Eesti_Rahvusfond, lk 16
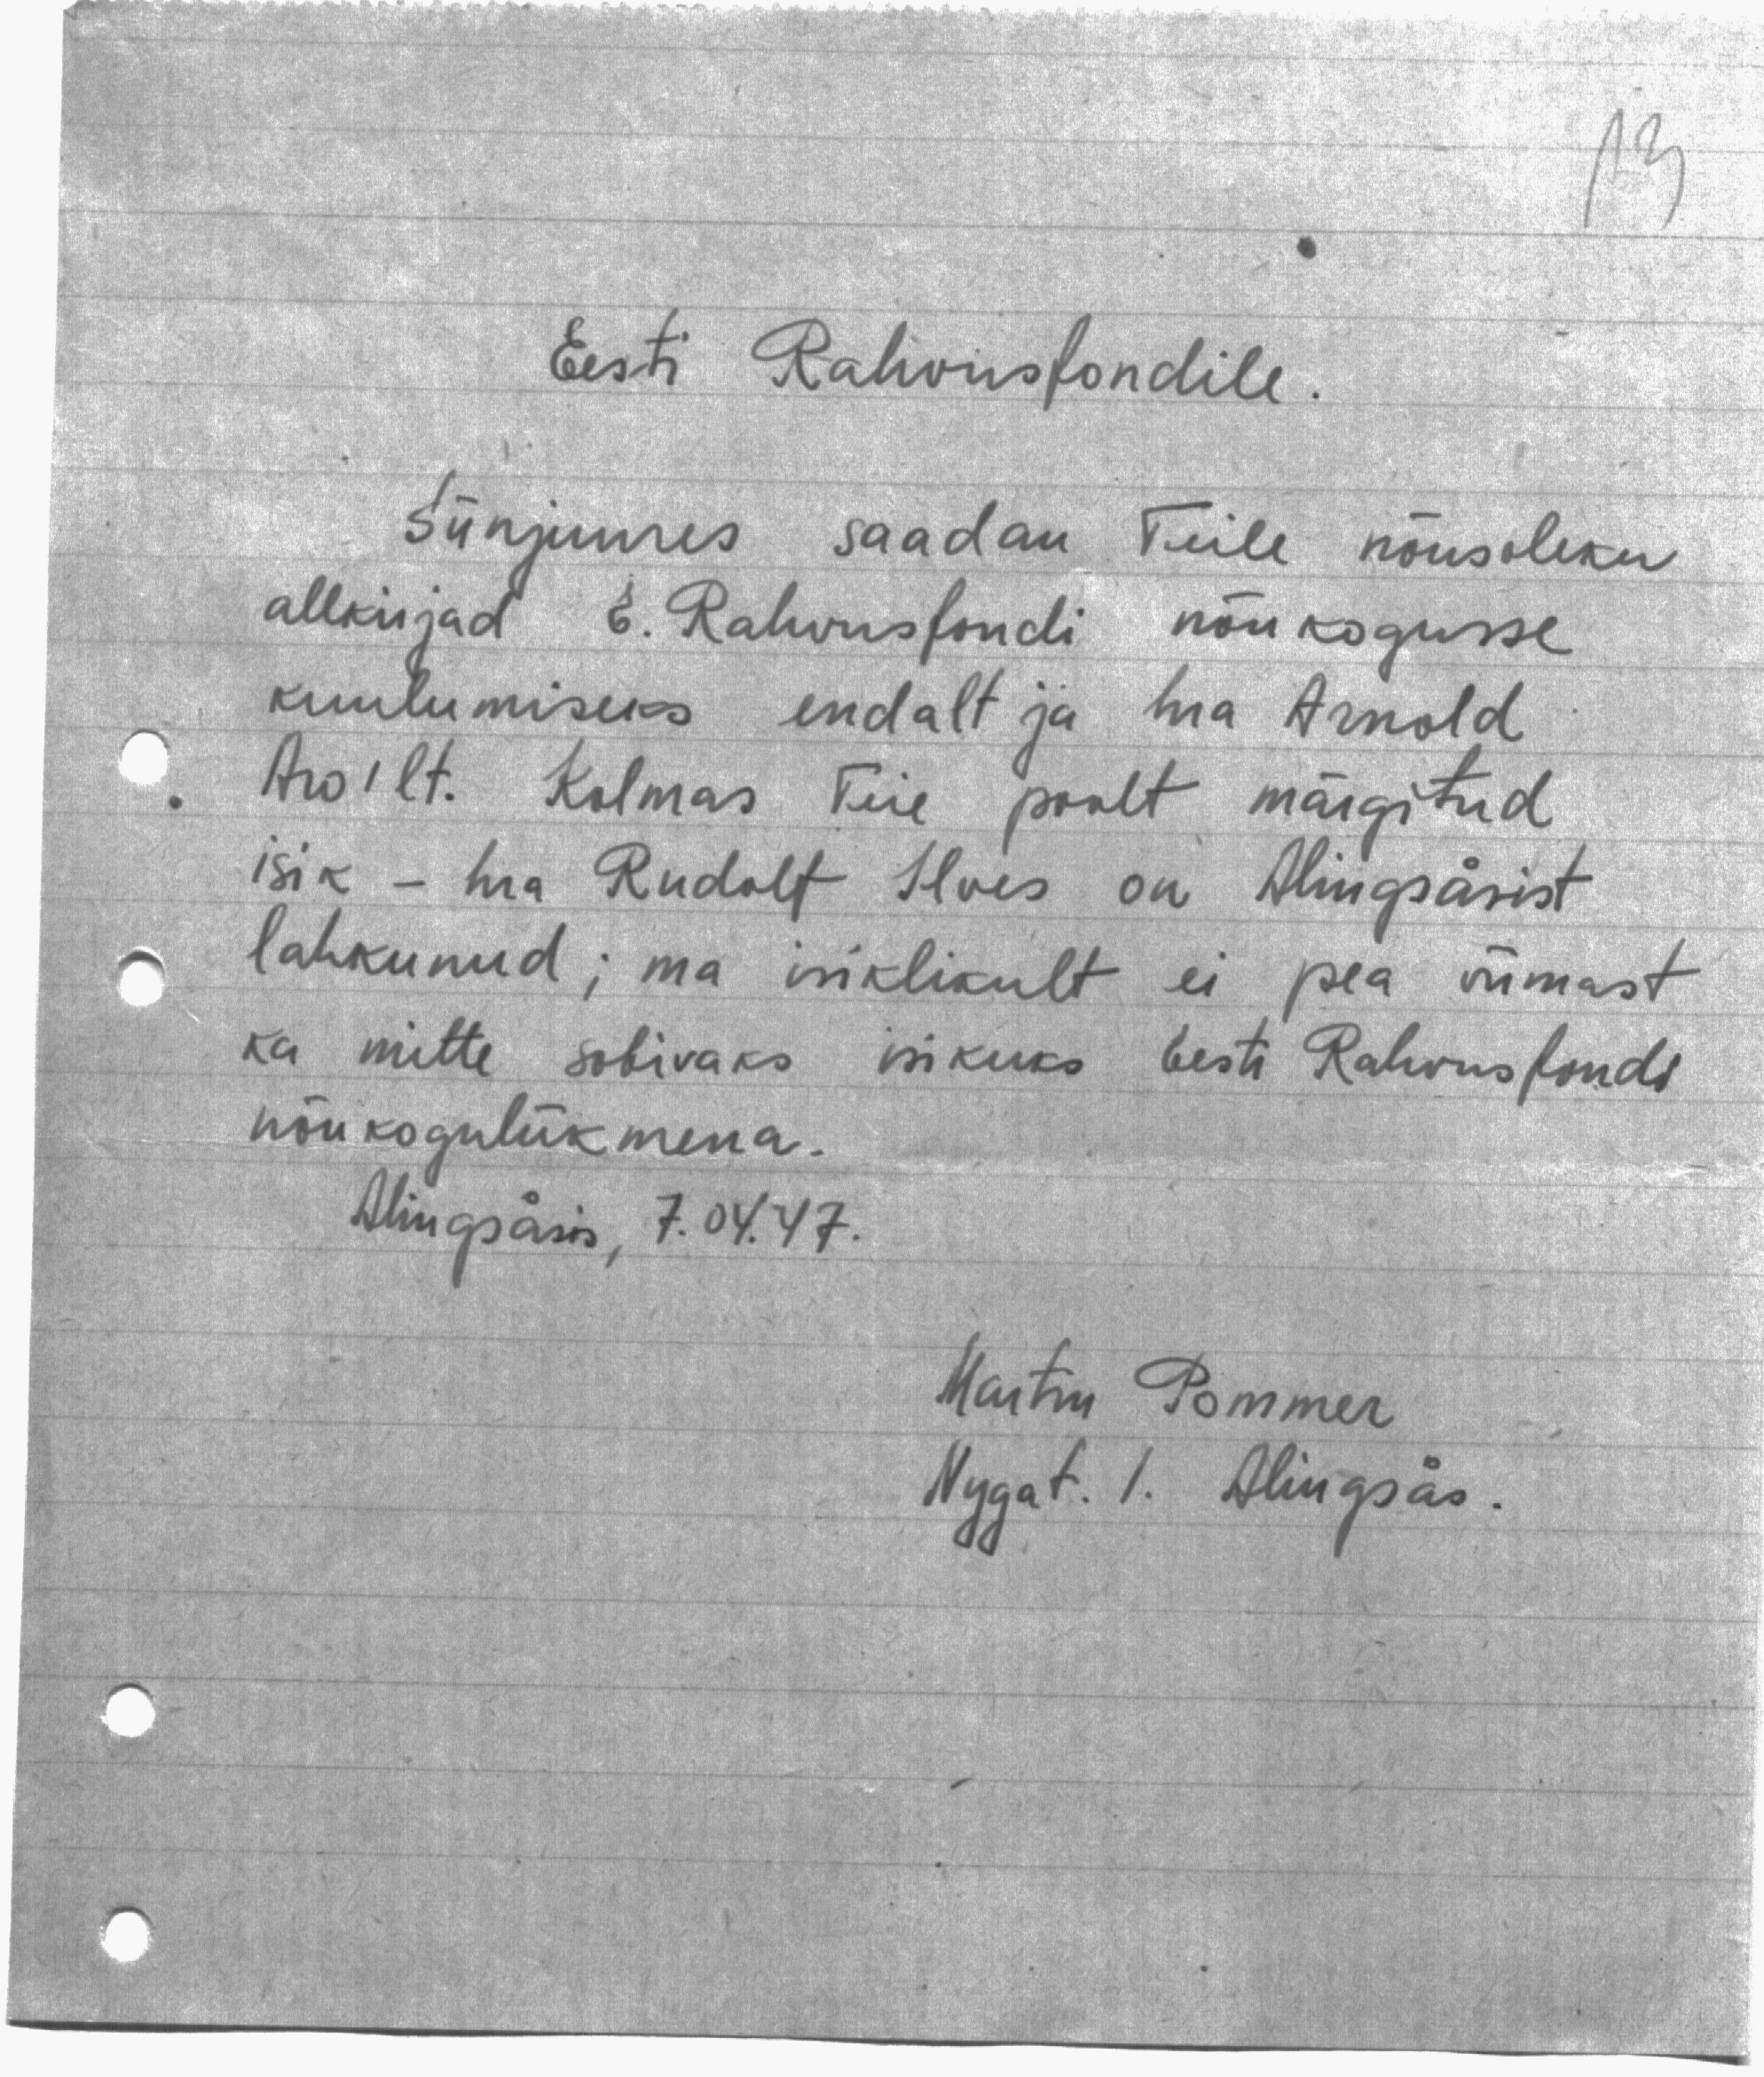
13
Eesti Rahvusfondile.
Siinjuures saadan Teile nõusoleku
allkirjad E. Rahvusfondi nõukogusse
kuulumiseks endalt ja hra Arnold
Aro'lt. Kolmas Teie poolt märgitud
isik - hra Rudolf Ilves on Alingsåsist
lahkunud; ma isiklikult ei pea viimast
ka mitte sobivaks isikuks Eesti Rahvusfondi
nõukoguliikmena.
Alingsåsis, 7. 04. 47.
Martin Pommer
Nygat. 1. Alingsås.